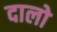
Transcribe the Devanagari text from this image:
दालो